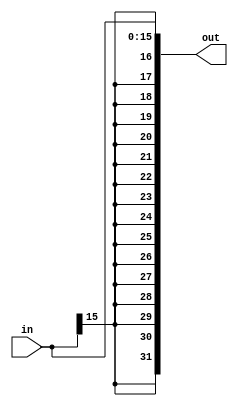
`ifndef MODULE_SIGN_EXTEND
`define MODULE_SIGN_EXTEND

module signExtend (
	input	[15:0]	in,
	output	[31:0]	out
);

	assign out = {{16{in[15]}},in[15:0]};

endmodule

`endif